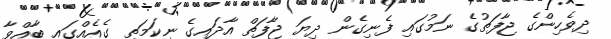
ދިވެހިންގެ ޖާފަތުގެ ނަމުގައި ފެނިގެން ދިޔަ ޖާފަތް އާދައިގެ ނިކަމަތި ގެއެއްގައި ބާއްވާ